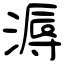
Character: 溽